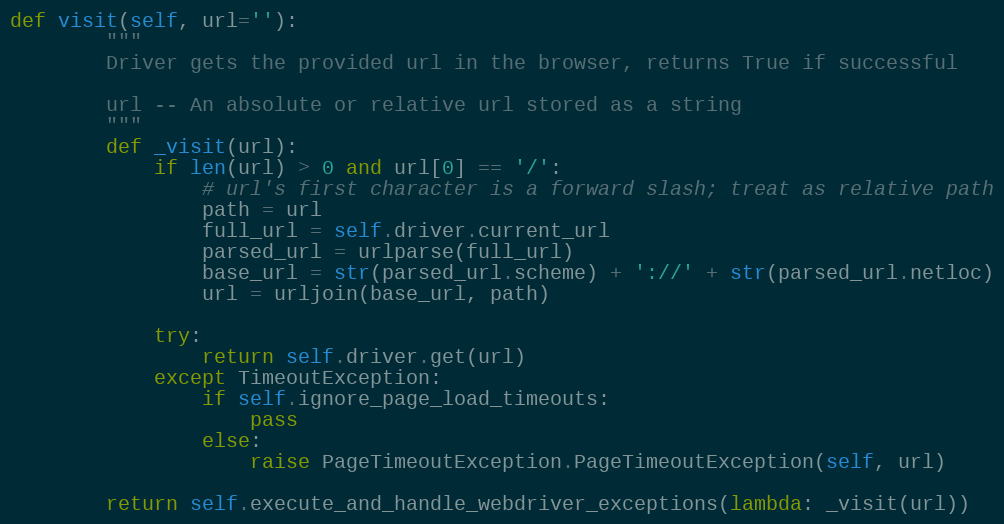
Language: Python
def visit(self, url=''):
        """
        Driver gets the provided url in the browser, returns True if successful

        url -- An absolute or relative url stored as a string
        """
        def _visit(url):
            if len(url) > 0 and url[0] == '/':
                # url's first character is a forward slash; treat as relative path
                path = url
                full_url = self.driver.current_url
                parsed_url = urlparse(full_url)
                base_url = str(parsed_url.scheme) + '://' + str(parsed_url.netloc)
                url = urljoin(base_url, path)

            try:
                return self.driver.get(url)
            except TimeoutException:
                if self.ignore_page_load_timeouts:
                    pass
                else:
                    raise PageTimeoutException.PageTimeoutException(self, url)

        return self.execute_and_handle_webdriver_exceptions(lambda: _visit(url))